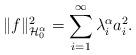
LaTeX: \begin{align*}\| f \|^2_{\mathcal{H}_0^{\alpha}}= \sum_{i=1}^{\infty}\lambda_i^{\alpha} a_i^2.\end{align*}